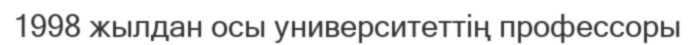
1998 жылдан осы университеттің профессоры